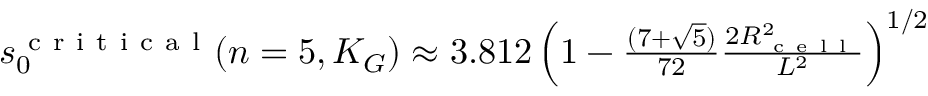
\begin{array} { r } { s _ { 0 } ^ { \mathrm { ~ c ~ r ~ i ~ t ~ i ~ c ~ a ~ l ~ } } ( n = 5 , K _ { G } ) \approx 3 . 8 1 2 \left( 1 - \frac { ( 7 + \sqrt { 5 } ) } { 7 2 } \frac { 2 R _ { \mathrm { ~ c ~ e ~ l ~ l ~ } } ^ { 2 } } { L ^ { 2 } } \right) ^ { 1 / 2 } } \end{array}